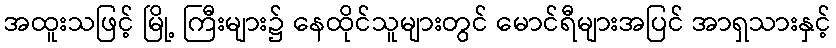
အထူးသဖြင့် မြို့ ကြီးများ၌ နေထိုင်သူများတွင် မောင်ရီများအပြင် အာရှသားနှင့်